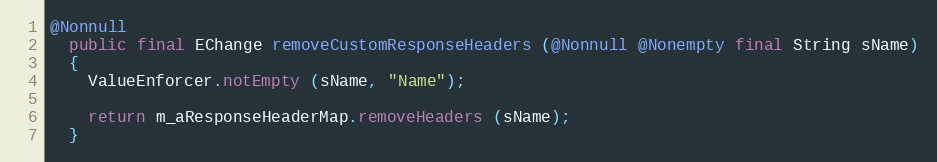
Language: Java
@Nonnull
  public final EChange removeCustomResponseHeaders (@Nonnull @Nonempty final String sName)
  {
    ValueEnforcer.notEmpty (sName, "Name");

    return m_aResponseHeaderMap.removeHeaders (sName);
  }